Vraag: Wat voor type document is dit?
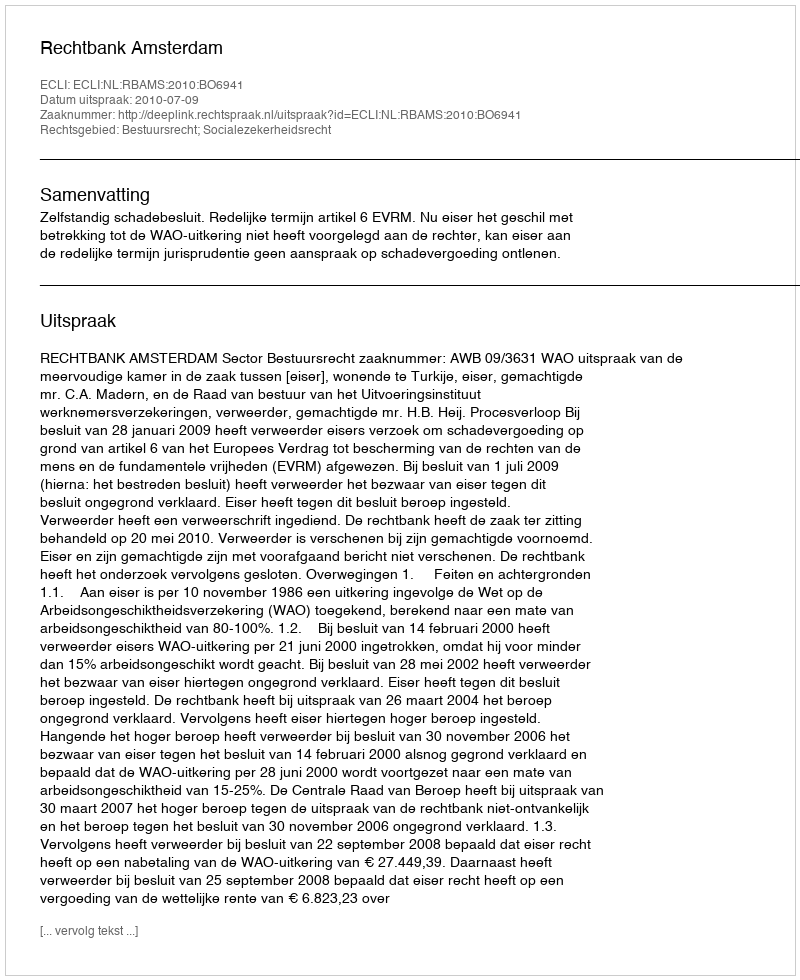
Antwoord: Uitspraak